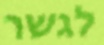
לגשר